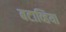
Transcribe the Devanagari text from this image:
बटाव्हिया